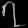
Digit: ၇